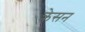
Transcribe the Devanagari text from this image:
क्रेसन